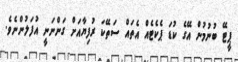
ޕީޓޭ ބުނުމުން އޭގެ ކުޑަ ޕެކެޓެއް އެތައް ސަތޭކަ ރުފިޔާއަށް ގަންނަނީ އުފަލުންނެވެ.